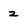
Character: 2